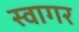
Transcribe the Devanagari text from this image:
स्वागर